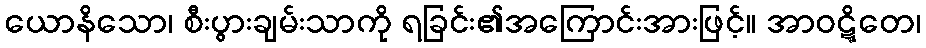
ယောနိသော၊ စီးပွားချမ်းသာကို ရခြင်း၏အကြောင်းအားဖြင့်။ အာဝဋ္ဋိတေ၊